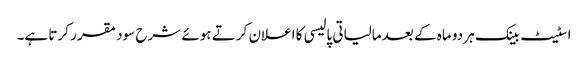
اسٹیٹ بینک ہر دو ماہ کے بعد مالیاتی پالیسی کا اعلان کرتے ہوئے شرح سود مقرر کرتا ہے۔